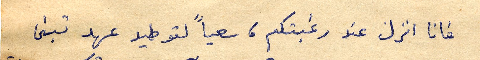
فانا انزل عند رغبتكم، سعياً لتوطيد عهد تبنى